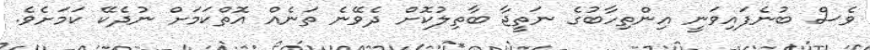
ވެސް ބުނެފައިވަނީ އިންތިހާބުގެ ނަތީޖާ ބާތިލުކޮށް ދެވޭނެ ތަނެއް އޮތްކަމަށް ނުދެކޭ ކަމަށެވެ.